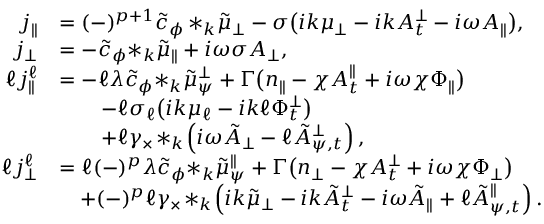
\begin{array} { r l } { j _ { \| } } & { = ( - ) ^ { p + 1 } \tilde { c } _ { \phi } \, { * _ { k } \tilde { \mu } _ { \perp } } - \sigma \big ( i k { \mu _ { \perp } } - i k A _ { t } ^ { \perp } - i \omega A _ { \| } \big ) , } \\ { j _ { \perp } } & { = - \tilde { c } _ { \phi } { * _ { k } \tilde { \mu } _ { \| } } + i \omega \sigma A _ { \perp } , } \\ { \ell j _ { \| } ^ { \ell } } & { = - \ell \lambda \tilde { c } _ { \phi } { * _ { k } \tilde { \mu } _ { \psi } ^ { \perp } } + \Gamma \big ( n _ { \| } - \chi A _ { t } ^ { \| } + i \omega \chi \Phi _ { \| } \big ) } \\ & { \qquad - \ell \sigma _ { \ell } \big ( i k \mu _ { \ell } - i k \ell \Phi _ { t } ^ { \perp } \big ) } \\ & { \qquad + \ell \gamma _ { \times } \! * _ { k } \! \left( i \omega { \tilde { A } _ { \perp } } - \ell { \tilde { A } _ { \psi , t } ^ { \perp } } \right) , } \\ { \ell j _ { \perp } ^ { \ell } } & { = \ell ( - ) ^ { p } \lambda \tilde { c } _ { \phi } { * _ { k } \tilde { \mu } _ { \psi } ^ { \| } } + \Gamma \big ( n _ { \perp } - \chi A _ { t } ^ { \perp } + i \omega \chi \Phi _ { \perp } \big ) } \\ & { \quad + ( - ) ^ { p } \ell \gamma _ { \times } \! * _ { k } \! \left( i k { \tilde { \mu } _ { \perp } } - i k { \tilde { A } _ { t } ^ { \perp } } - i \omega { \tilde { A } _ { \| } } + \ell { \tilde { A } _ { \psi , t } ^ { \| } } \right) . } \end{array}